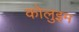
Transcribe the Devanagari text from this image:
कोलुइम